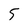
Character: 5